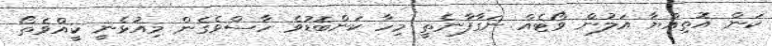
ކަން އޮތިއްޔާ އަލުން ވޯޓެއް ނަގާފާނެތީ މިހާ ކަންބޮޑުވެ ހާސްވެގެން މިއުޅެނީ ކީއްވެތޯ